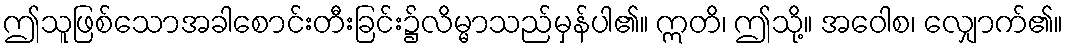
ဤသူဖြစ်သောအခါစောင်းတီးခြင်း၌လိမ္မာသည်မှန်ပါ၏။ ဣတိ၊ ဤသို့။ အဝေါစ၊ လျှောက်၏။